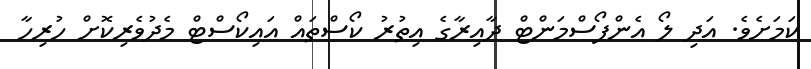
ކަމަށެވެ. އަދި ލޯ އެންފޯސްމަންޓް ދާއިރާގެ އިތުރު ކޯސްތައް އައިކޯސްޓް މެދުވެރިކޮށް ހުރިހާ